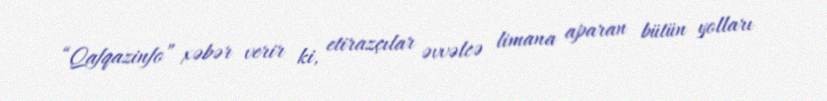
“Qafqazinfo” xəbər verir ki, etirazçılar əvvəlcə limana aparan bütün yolları